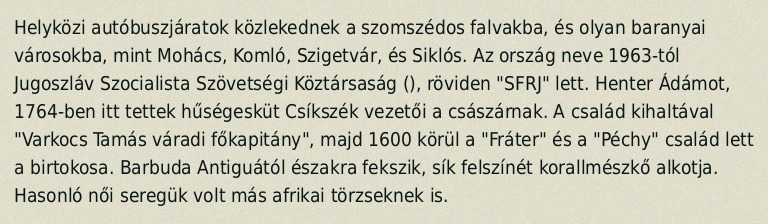
Helyközi autóbuszjáratok közlekednek a szomszédos falvakba, és olyan baranyai városokba, mint Mohács, Komló, Szigetvár, és Siklós. Az ország neve 1963-tól Jugoszláv Szocialista Szövetségi Köztársaság (), röviden "SFRJ" lett. Henter Ádámot, 1764-ben itt tettek hűségesküt Csíkszék vezetői a császárnak. A család kihaltával "Varkocs Tamás váradi főkapitány", majd 1600 körül a "Fráter" és a "Péchy" család lett a birtokosa. Barbuda Antiguától északra fekszik, sík felszínét korallmészkő alkotja. Hasonló női seregük volt más afrikai törzseknek is.